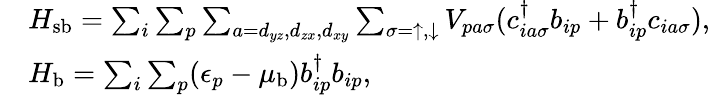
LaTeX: \begin{array}{rl}&{H_{\textrm{sb}}=\sum_{i}\sum_{p}\sum_{a=d_{yz},d_{zx},d_{xy}}\sum_{\sigma=\uparrow,\downarrow}V_{pa\sigma}(c_{ia\sigma}^{\dagger}b_{ip}+b_{ip}^{\dagger}c_{ia\sigma}),}\\ &{H_{\textrm{b}}=\sum_{i}\sum_{p}(\epsilon_{p}-\mu_{\textrm{b}})b_{ip}^{\dagger}b_{ip},}\end{array}